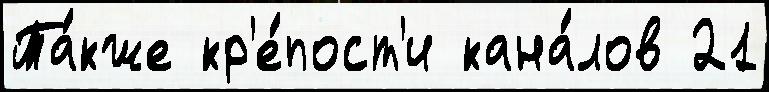
Та́кже кр'е́пост'и кана́лов 21